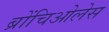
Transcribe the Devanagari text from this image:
ब्रोंचिओलेस